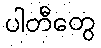
ပါတီတွေ